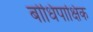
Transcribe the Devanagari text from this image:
बोधिपाक्षिक